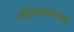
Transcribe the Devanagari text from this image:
संदेशवहनासाठी